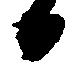
日